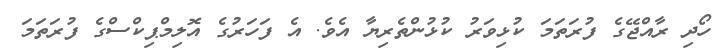
ހޯދި ރާއްޖޭގެ ފުރަތަމަ ކުޅިވަރު ކުޅުންތެރިޔާ އެވެ. އެ ފަހަރުގެ އޮލިމްޕިކްސްގެ ފުރަތަމަ